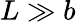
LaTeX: L\gg b